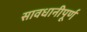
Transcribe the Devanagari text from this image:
सावधानीपूर्ण